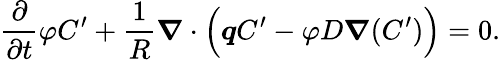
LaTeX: \frac{\partial}{\partial t}\varphi C^{\prime}+\frac{1}{R}{\boldsymbol{\nabla}}\cdot\Big({\boldsymbol{q}}C^{\prime}-\varphi D{\boldsymbol{\nabla}}(C^{\prime})\Big)=0.